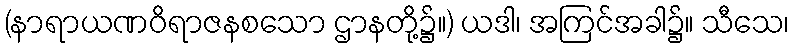
(နာရာယဏဝိရာဇနစသော ဌာနတို့၌။) ယဒါ၊ အကြင်အခါ၌။ သီသေ၊